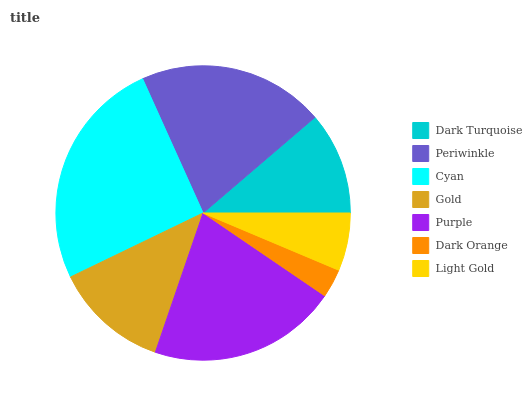
| Dark Turquoise | Periwinkle | Cyan | Gold | Purple | Dark Orange | Light Gold |
 | --- | --- | --- | --- | --- | --- | --- |
 | 11.3% | 20.5% | 25.4% | 12.6% | 20.7% | 3.17% | 6.35% |